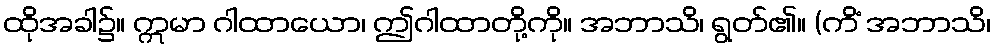
ထိုအခါ၌။ ဣမာ ဂါထာယော၊ ဤဂါထာတို့ကို။ အဘာသိ၊ ရွတ်၏။ (ကိံ အဘာသိ၊